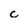
Character: c